Vaccination North-Western Provinces 1866-1877 - 1866-1877
Year: 1866
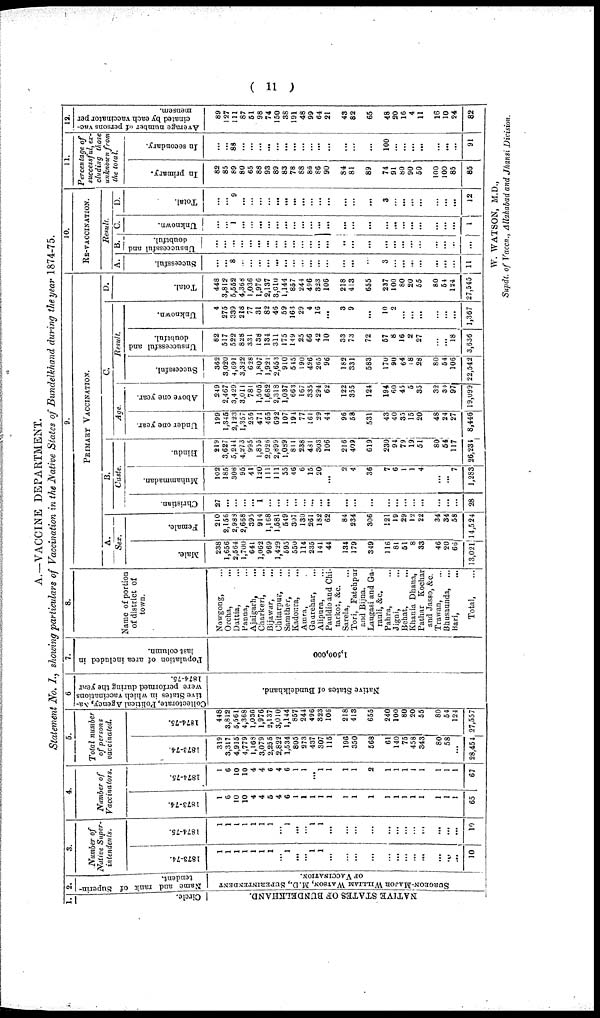
( 11 )
A.—VACCINE DEPARTMENT.
Statement No. I., showing particulars of Vaccination in the Native States of Bundelkhand during the year 1874-75.
1.
Circle.
NATIVE STATES OF BUNDELKHAND.
2.
Name and rank of Superin¬
tendent.
SURGEON-MAJOR WILLIAM WATSON, M.D., SUPERINTENDENT
OF VACCINATION.
3.
Number of
Native Super-
intendents.
1873-74.
1
1
1
1
1
1
1
...
1
...
...
1
1
...
...
...
...
...
...
...
...
...
...
...
...
10
1874-75.
1
1
1
1
1
1
1
...
1
...
...
1
1
...
...
...
...
...
...
...
...
...
...
...
...
10
4.
Number of
Vaccinators.
1873-74.
1
6
10
10
4
4
5
4
6
1
1
1
1
1
1
1
1
1
1
1
1
1
1
1
1
65
1874-75.
1
6
10
10
4
4
6
4
6
1
1
...
1
1
1
1
2
1
1
1
1
1
1
1
1
67
5.
Total number
of persons
vaccinated.
1873-74.
319
3,317
4,915
4,779
1,168
3,079
2,255
2,822
1,534
805
273
437
307
115
196
350
568
61
140
75
458
343
80
58
...
28,454
1874-75.
448
3,812
5,561
4,368
1,036
1,976
2,137
3,010
1,144
857
244
496
323
106
218
413
655
240
100
80
20
55
80
54
124
27,557
6
Collectorate, Political Agency, Na-
tive States in which vaccinations
were performed during the year
1874-75.
Native States of Bundelkhand.
7.
Population of area included in
last column.
1,500,000
8.
Name of portion
of district of
town.
Nowgong, ...
Orcha,
...
Dattia, ...
Panna, ...
Ajaigarh, ...
Charkeri,
...
Bijawar,
...
Chitarpur, ...
Samther, ...
Kadoura, ...
Amra, ...
Gaurehar,
...
Alipura,
Pauldio and Chi-
tarkot, &c.
Sarela, ...
Tori, Fatehpur
and Bijna.
Laugasi and Ga¬
rauli, &c.
Pahra, ...
Jigni, ...
Behat, ...
Khania Dhana,
Pathar Kochar
and Jasso, &c.
Trawan, ...
Bhusaunda, ...
Bari, ...
Total, ...
9.
PRIMARY VACCINATION.
A.
Sex.
Male.
238
1,656
2,564
1,700
641
1,062
969
1,429
595
550
114
235
141
44
134
179
349
116
81
51
8
33
46
20
66
13,021
Female.
210
2,156
2,988
2,668
395
914
1,168
1,581
549
307
130
261
182
62
84
234
306
121
19
29
12
22
34
34
58
14,524
B.
Caste.
Christian.
27
...
...
...
...
1
...
...
...
...
...
...
...
...
...
...
...
...
...
...
...
...
...
...
...
28
Muhammadan.
102
185
308
95
41
120
111
111
55
46
6
15
20
...
2
4
36
7
6
1
1
4
...
...
7
1,283
Hindu.
219
3,627
5,244
4,273
995
1,855
2,026
2,899
1,089
811
238
481
303
106
216
409
619
230
94
79
19
51
80
54
117
26,234
C.
Age.
Under one year.
199
1,345
2,123
1,357
255
471
455
692
107
194
77
361
29
44
96
58
531
43
40
35
15
20
48
24
27
8,446
Above one year.
249
2,467
3,429
3,011
781
1,505
1,682
2,318
1,037
663
167
335
294
62
122
355
124
194
60
45
5
35
32
30
97
19,099
Result.
Successful.
362
3,020
4,691
3,322
628
1,807
1,921
2,653
910
545
190
426
265
96
182
331
583
170
90
64
18
28
80
54
106
22,542
Unsuccessful and
doubtful.
82
517
522
828
331
138
134
311
175
149
25
66
42
10
33
73
72
57
8
16
2
27
...
...
18
3,636
Unknown.
4
275
339
218
77
31
82
46
59
163
29
4
16
...
3
9
...
10
2
...
...
...
...
...
...
1,367
D.
Total.
448
3,812
5,552
4,366
1,036
1,976
2,137
3,010
1,144
857
244
496
323
106
218
413
655
237
100
80
20
55
80
54
124
27,545
10.
RE-VACCINATION.
Result.
A.
Successful.
...
...
8
...
...
...
...
...
...
...
...
...
...
...
...
...
...
3
...
...
...
...
...
...
...
11
B.
Unsuccessful and
doubtful.
...
...
...
...
...
...
...
...
...
...
...
...
...
...
..
...
...
...
...
...
...
...
...
...
...
...
C.
Unknown.
...
...
1
...
...
...
...
...
...
...
...
...
...
...
...
...
...
...
...
...
...
...
...
...
...
1
D.
Total.
...
...
9
...
...
...
...
...
...
...
...
...
...
...
...
...
...
3
...
...
...
...
...
...
...
12
11.
Percentage of
successful, ex-
cluding those
unknown from
the total.
In primary.
82
85
89
80
65
88
93
89
83
78
88
86
86
90
84
81
89
74
91
80
90
50
100
100
85
85
In secondary.
...
...
88
...
...
...
...
...
...
...
...
...
...
...
...
...
...
100
...
...
...
...
...
...
...
91
12.
Average number of persons vac-
cinated by each vaccinator per
mensem.
89
127
111
87
51
98
74
150
38
191
48
99
64
21
43
82
65
48
20
16
4
11
16
10
24
82
W. WATSON, M.D.,
Supdt. of Vaccn., Allahabad and Jhansi Division.